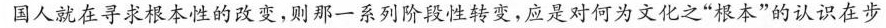
国人就在寻求根本性的改变，则那一系列阶段性转变，应是对何为文化之”根本”的认识在步